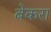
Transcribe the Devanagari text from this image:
बेकरा